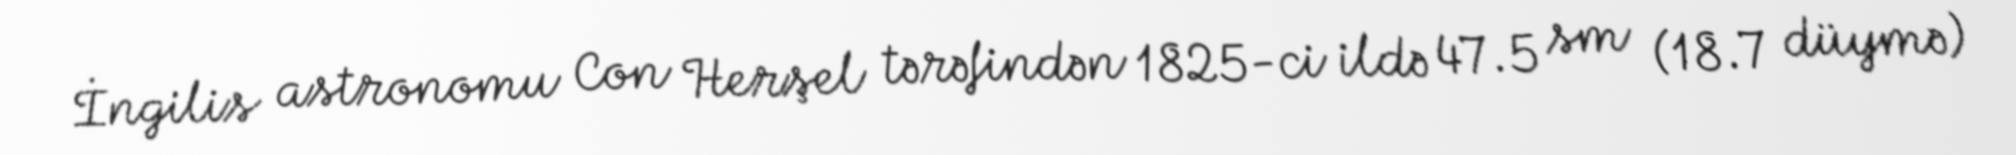
İngilis astronomu Con Herşel tərəfindən 1825-ci ildə 47.5 sm (18.7 düymə)